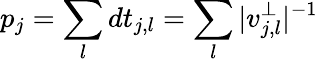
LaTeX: p_{j}=\sum_{l}dt_{j,l}=\sum_{l}|v_{j,l}^{\perp}|^{-1}